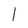
Character: I